Lock hospitals Punjab
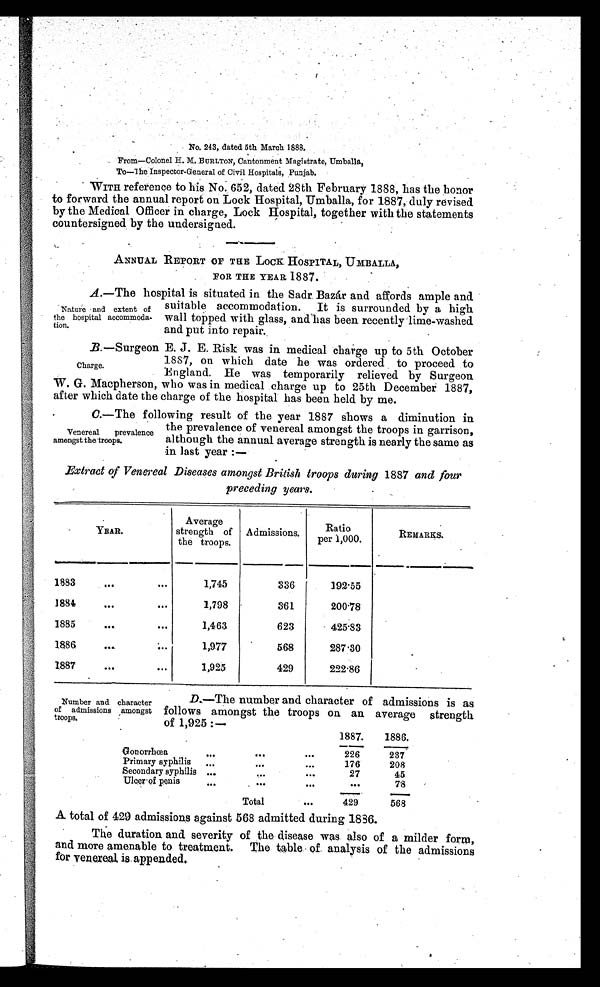
No. 243, dated 5th March l888.
From—Colonel H.M. BURLTON, Cantonment Magistrate, Umballa,
To—The Inspector-General of Civil Hospitals, Punjab.
WITH reference to his No. 652, dated 28th February 1888, has the honor
to forward the annual report on Lock Hospital, Umballa, for 1887, duly revised
by the Medical Officer in charge, Lock Hospital, together with the statements
countersigned by the undersigned.
ANNUAL REPORT OF THE LOCK HOSPITAL, UMBALLA,
FOR THE YEAR 1887.
A.—The hospital is situated in the Sadr Bazár and affords ample and
suitable accommodation. It is surrounded by a high
wall topped with glass, and has been recently lime-washed
and put into repair.
B.—Surgeon E. J. E. Risk was in medical charge up to 5th October
1887, on which date he was ordered to proceed to
England. He was temporarily relieved by Surgeon
W. G. Macpherson, who was in medical charge up to 25th December 1887,
after which date the charge of the hospital has been held by me.
C.—The following result of the year 1887 shows a diminution in
the prevalence of venereal amongst the troops in garrison,
although the annual average strength is nearly the same as
in last year:—
Extract of Venereal Diseases amongst British troops during 1887 and four
preceding years.
YEAR.
Averae
strength of
the troops.
Admissions.
Ratio,
per 1,000.
REMARKS.
1883
. . .
. . .
1,745
336
192.55
1884
. . .
...
1,798
361
200.78
1885
. . .
...
1,463
623
425.83
1886
...
. . .
1,977
568
287.30
1887
. . .
. . .
1,925
429
222.86
Nature and extent of
the hospital accommoda-
tion.
Charge.
Venereal
prevalence
amongst the troops.
Number and character
of admissions amongst
troops.
D.—The number and character of admissions is as
follows amongst the troops on an average strength
of 1,925:—
1887.
1886.
Go n or r hœa
. . .
. . .
. . .
226
237
Primary syphilis
. . .
. . .
. . .
176
208
Secondary syphilis ...
. . .
. . .
27
45
Ulcer of penis
. . .
. . .
. . .
. . .
78
Total
. . .
429
568
A total of 429 admissions against 568 admitted during 1886.
The duration and severity of the disease was also of a milder form,
and more amenable to treatment. The table of analysis of the admissions
for venereal is appended.